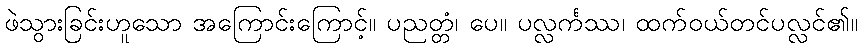
ဖဲသွားခြင်းဟူသော အကြောင်းကြောင့်။ ပညတ္တံ၊ ပေ။ ပလ္လင်္ကဿ၊ ထက်ဝယ်တင်ပလ္လင်၏။